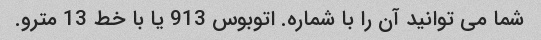
شما می توانید آن را با شماره. اتوبوس 913 یا با خط 13 مترو.